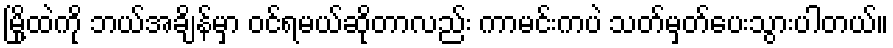
မြို့ထဲကို ဘယ်အချိန်မှာ ဝင်ရမယ်ဆိုတာလည်း ကာမင်းကပဲ သတ်မှတ်ပေးသွားပါတယ်။